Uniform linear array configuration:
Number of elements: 12
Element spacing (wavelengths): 0.75
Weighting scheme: blackman
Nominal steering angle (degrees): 0
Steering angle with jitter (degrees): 0.8717
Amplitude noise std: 0.05
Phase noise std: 0.05

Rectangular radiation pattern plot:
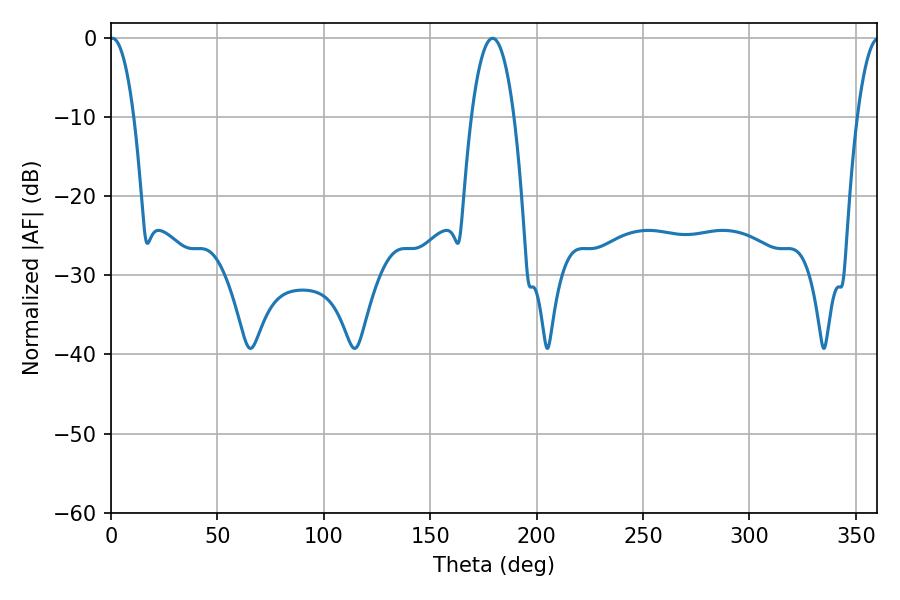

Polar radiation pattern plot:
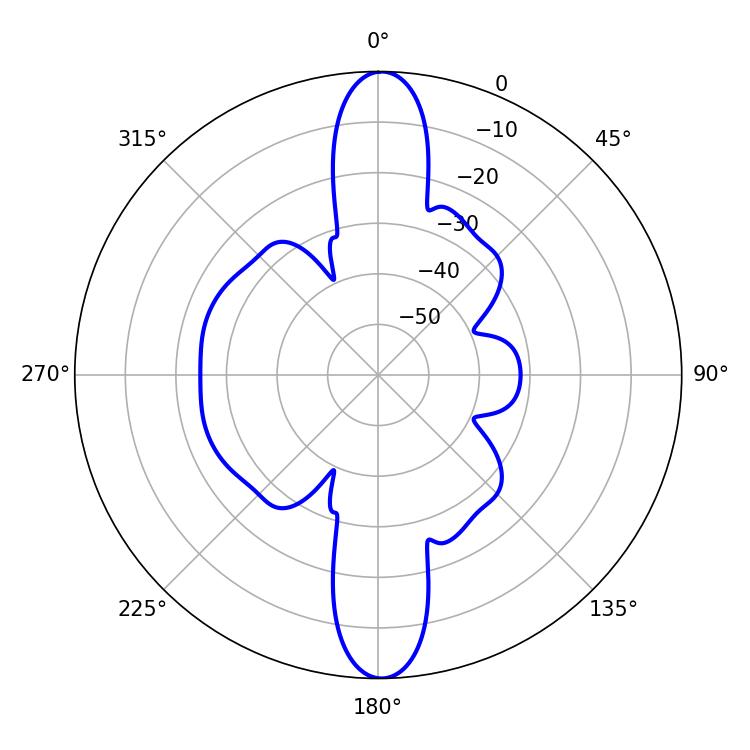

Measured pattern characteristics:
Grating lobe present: TRUE
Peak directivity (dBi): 30.234
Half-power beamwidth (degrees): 11.16
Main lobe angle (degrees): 179.28